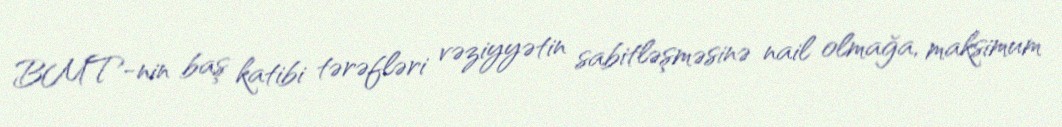
BMT-nin baş katibi tərəfləri vəziyyətin sabitləşməsinə nail olmağa, maksimum